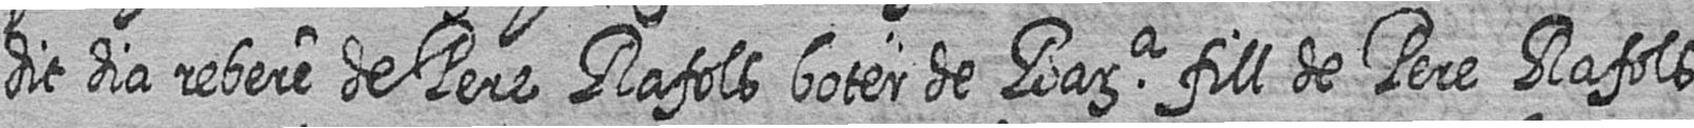
dit dia rebere de Pere Rafols boter de Bara fill de Pere Rafols